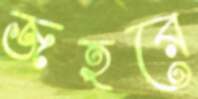
জহরে